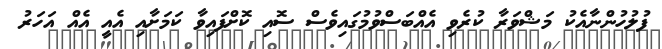
ފުލުހުންނާއެކު މަޝްވަރާ ކުރެވި އެއްބަސްވުމުގައިވެސް ސޮއި ކޮށްފައިވާ ކަމަށާއި އެއީ އެއް އަހަރު